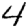
Digit: 4